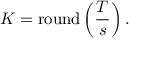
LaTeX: K = \operatorname { r o u n d } \left( { \frac { T } { s } } \right) .